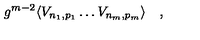
g ^ { m - 2 } \langle V _ { n _ { 1 } , p _ { 1 } } \dots V _ { n _ { m } , p _ { m } } \rangle \quad ,